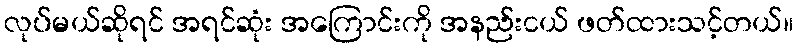
လုပ်မယ်ဆိုရင် အရင်ဆုံး အကြောင်းကို အနည်းငယ် ဖတ်ထားသင့်တယ်။